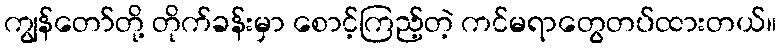
ကျွန်တော်တို့ တိုက်ခန်းမှာ စောင့်ကြည့်တဲ့ ကင်မရာတွေတပ်ထားတယ်။